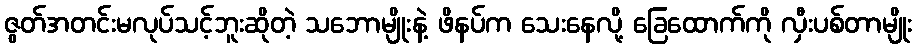
ဇွတ်အတင်းမလုပ်သင့်ဘူးဆိုတဲ့ သဘောမျိုးနဲ့ ဖိနပ်က သေးနေလို့ ခြေထောက်ကို လှီးပစ်တာမျိုး